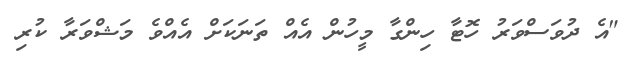
"އެ ދުވަސްވަރު ހޮޓާ ހިންގާ މީހުން އެއް ތަނަކަށް އެއްވެ މަޝްވަރާ ކުރި